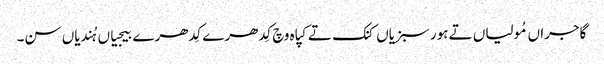
گاجراں مُولیاں تے ہور سبزیاں کنک تے کپاہ وچ کِدھرے کِدھرے بیجیاں ہُندیاں سن۔